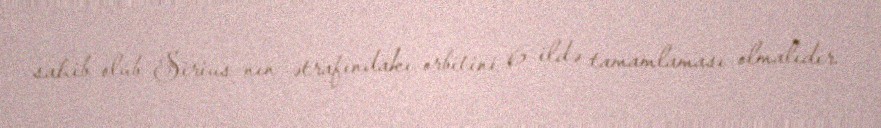
sahib olub Sirius-nın ətrafındakı orbitini 6 ildə tamamlaması olmalıdır.